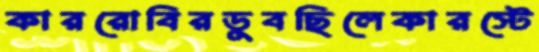
কাররোবিরডুবছিলেকারস্টে